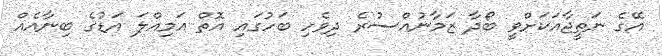
އޭގެ ނަތީޖާއަކަށްވީ ބޯދާ ޒަމާނުއްސުރެ ދިވެހި ބަހުގައި އޮތް އަމިއްލަ އަޑުގެ ބިނާއެއް